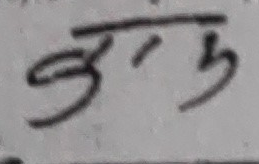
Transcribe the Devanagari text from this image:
अनु